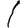
Digit: 1